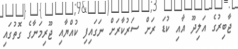
ޖާބިރުގެ އަލިދޫ އާއި ކުޑަ ރަށް ސަރުކާރަށް ނަގައިފި ކުއްޔާއި ޖޫރިމަނާގެ ގޮތުގައި